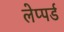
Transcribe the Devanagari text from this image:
लेप्पर्ड